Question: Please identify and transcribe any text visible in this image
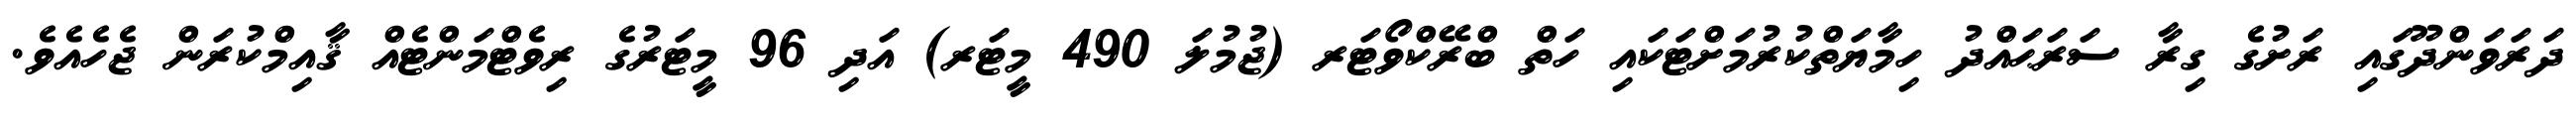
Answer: ދަރަވަންދޫގައި ރަށުގެ ގިރާ ސަރަޙައްދު ހިމާޔަތްކުރުމަށްޓަކައި ހަތް ބްރޭކްވޯޓަރ (ޖުމުލަ 490 މީޓަރ) އަދި 96 މީޓަރުގެ ރިވެޓްމަންޓެއް ޤާއިމްކުރަން ޖެހެއެވެ.